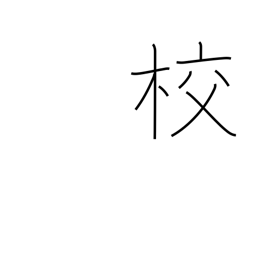
Meaning: printing